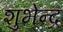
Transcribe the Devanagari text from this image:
शुभेन्द्र